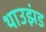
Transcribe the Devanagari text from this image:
थाउझंड